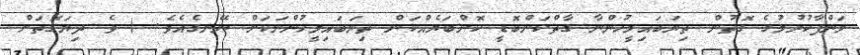
މަންފާކުރުމުގެ ގޮތުން ތިޔަބައިމީހުންނާ ގާތްކަންބޮޑީ ކޮންބަޔެއްކަން ތިޔަބައިމީހުންނަކަށް ނޭނގެއެވެ. ( ވެ ދިޔަގޮތަށް